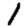
Digit: 1